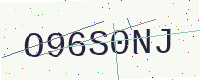
Text: O96S0NJ